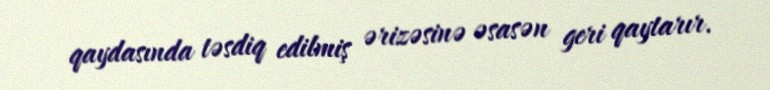
qaydasında təsdiq edilmiş ərizəsinə əsasən geri qaytarır.